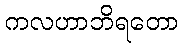
ကလဟာဘိရတော